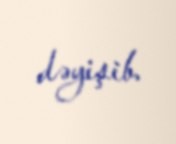
dəyişib.